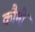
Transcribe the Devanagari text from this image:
कौमीं